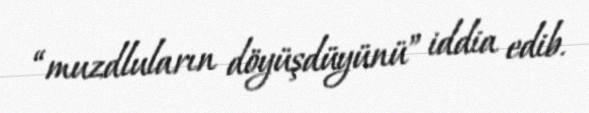
“muzdluların döyüşdüyünü” iddia edib.